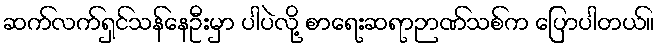
ဆက်လက်ရှင်သန်နေဦးမှာ ပါပဲလို့ စာရေးဆရာဉာဏ်သစ်က ပြောပါတယ်။